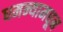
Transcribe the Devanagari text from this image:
धमन्यामधून